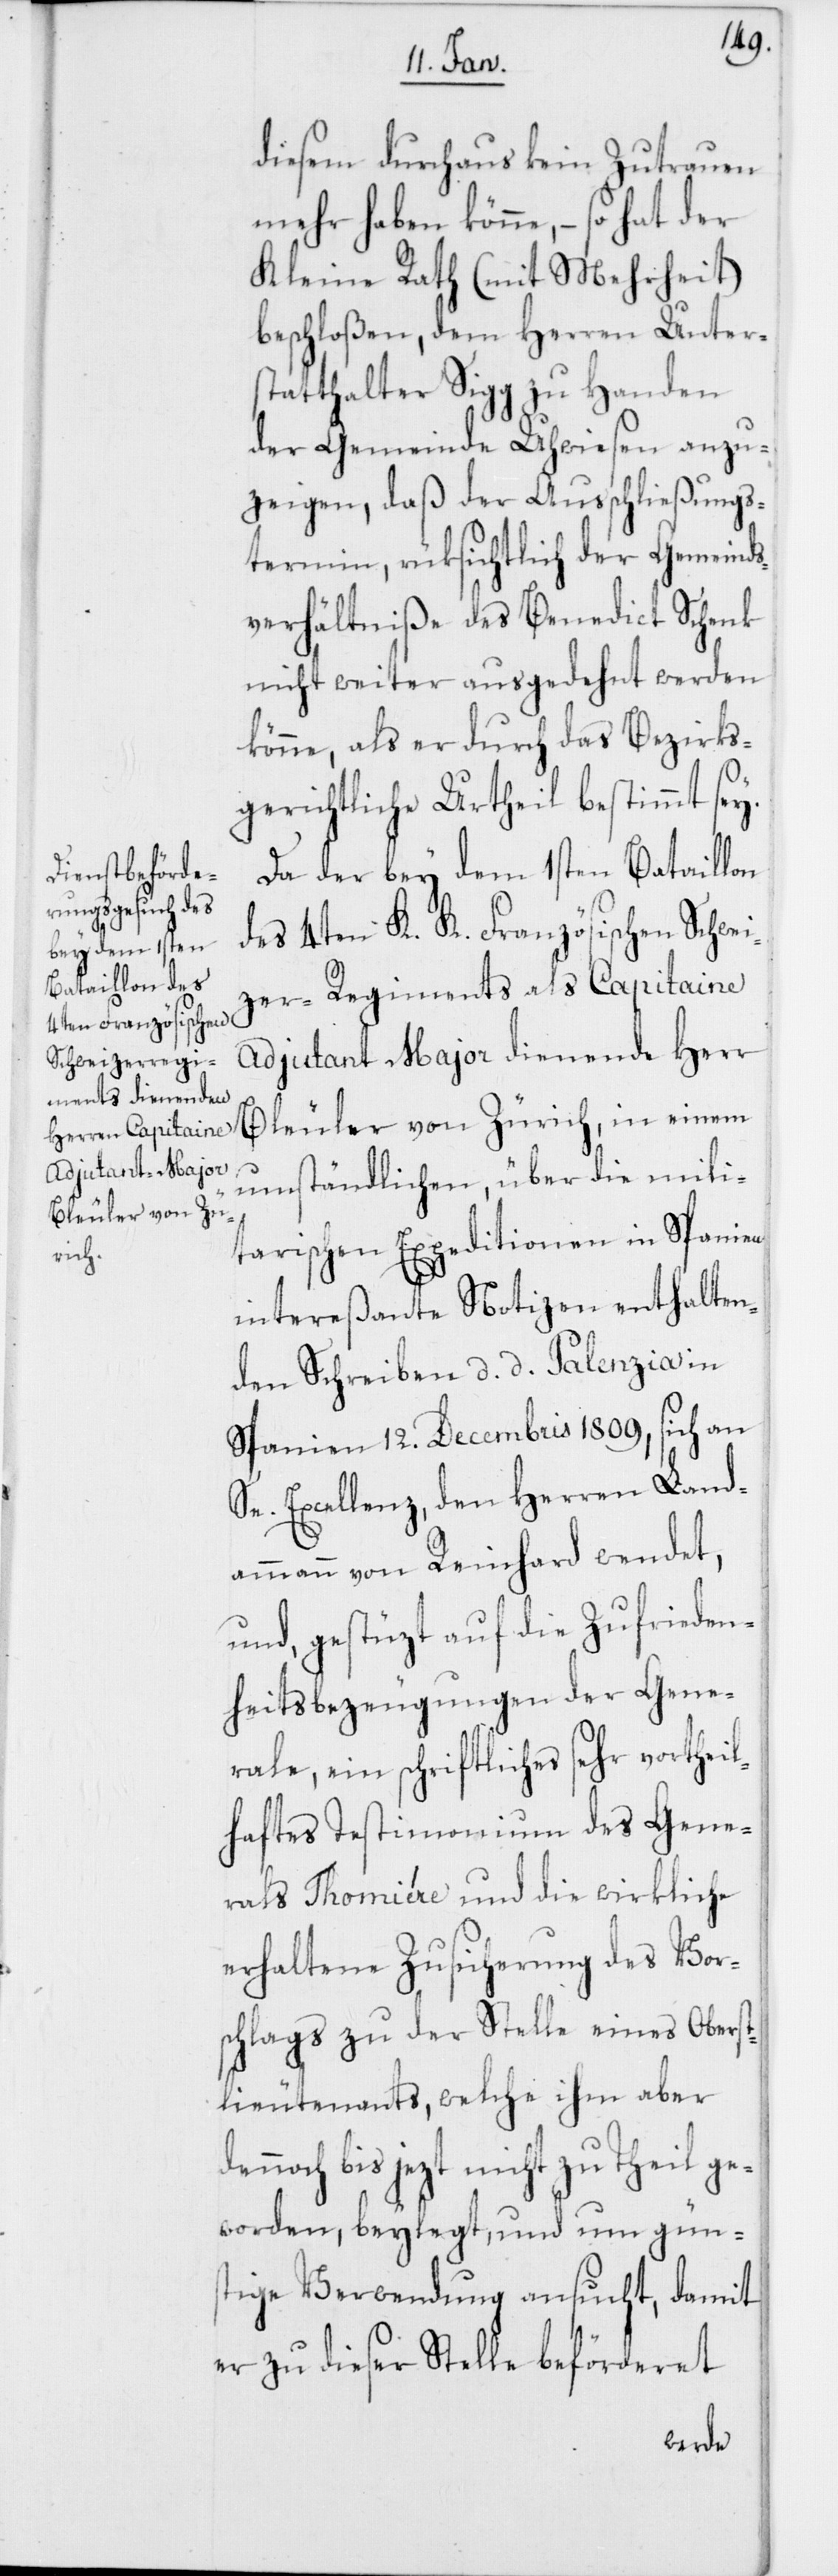
diesem durchaus kein Zutrauen
mehr haben könne, – so hat der
Kleine Rath (mit Mehrheit)
beschloßen, dem Herren Unter¬
statthalter Sigg zu Handen
der Gemeinde Uhwiesen anzu¬
zeigen, daß der Ausschließungs¬
termin, rüksichtlich der Gemeinds¬
verhältniße des Benedict Schenk
nicht weiter ausgedehnt werden
könne, als er durch das Bezirks¬
gerichtliche Urtheil bestimmt sey.
Da der bey dem 1sten Bataillon
des 4ten K. K. Französischen Schwei¬
zer-Regiments als Capitaine
Adjutant Major dienende Herr
Bleuler von Zürich, in einem
umständlichen, über die mili¬
tarischen Expeditionen in Spanien
intereßante Notizen enthalten¬
den Schreiben d. d. Palenzia in
Spanien 12. Decembris 1809, sich an
Se. Excellenz, den Herren Land¬
ammann von Reinhard wendet,
und, gestüzt auf die Zufrieden¬
heitsbezeugungen der Gene¬
rale, ein schriftliches sehr vortheil¬
haftes Testimonium des Gene¬
rals Thomiére und die wirkliche
erhaltene Zusicherung des Vor¬
schlags zu der Stelle eines Oberst¬
lieutenants, welche ihm aber d¬
ennoch bis jezt nicht zu Theil ge¬
worden, beylegt, und um güns¬
tige Verwendung ansucht, damit
er zu dieser Stelle beförderet